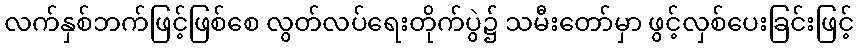
လက်နှစ်ဘက်ဖြင့်ဖြစ်စေ လွတ်လပ်ရေးတိုက်ပွဲ၌ သမီးတော်မှာ ဖွင့်လှစ်ပေးခြင်းဖြင့်